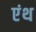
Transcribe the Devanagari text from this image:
एंथ